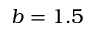
b = 1 . 5